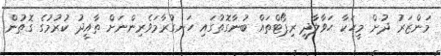
މަންޒަރު ދުށް މީހަކާ ޙަވާލާދީ ރިޕޯޓްތައް ބުނާގޮތުގައި ހަނގުރާމަވެރިންނަށް ތާއީދު ކުރުމުގެ ގޮތުން